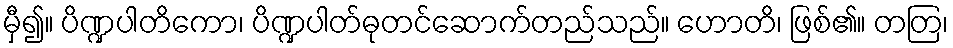
မှီ၍။ ပိဏ္ဍပါတိကော၊ ပိဏ္ဍပါတ်ဓုတင်ဆောက်တည်သည်။ ဟောတိ၊ ဖြစ်၏။ တတြ၊